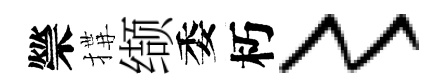
禜搆缬委朽〻